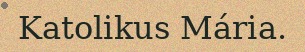
Katolikus Mária.